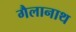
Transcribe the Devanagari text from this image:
गैलानाथ